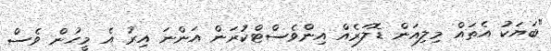
"ބަޔަކު އެތައް މިލިއަން ޑޮލަރެއް އިންވެސްޓްކުރަން އަންނަ އިރު އެ މީހުން ވެސް